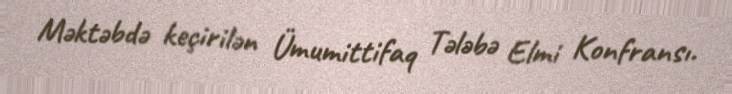
Məktəbdə keçirilən Ümumittifaq Tələbə Elmi Konfransı.